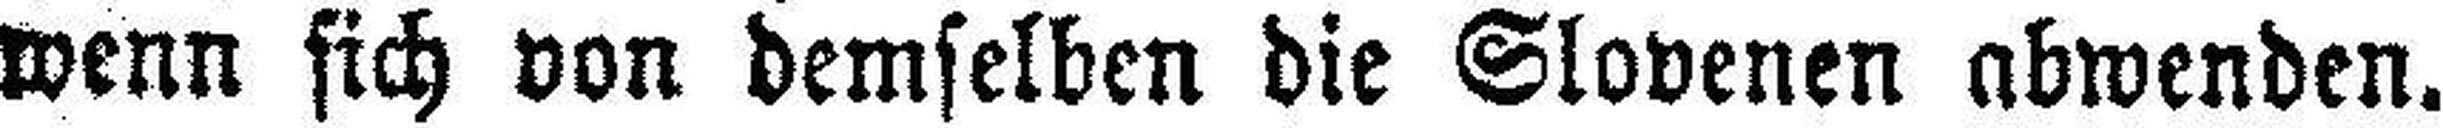
wenn sich von demselben die Slovenen abwenden.